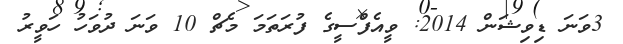
3ވަނަ ޑިވިޝަން 2014: ވީއެފްސީގެ ފުރަތަމަ މެޗް 10 ވަނަ ދުވަހު ހަވީރު